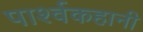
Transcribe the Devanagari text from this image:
पार्श्वकहानी